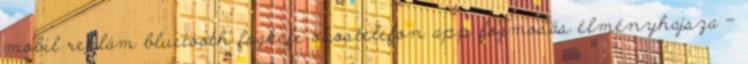
mobil reklám bluetooth fogkefe okostelefon app fogmosás élményhajsza –